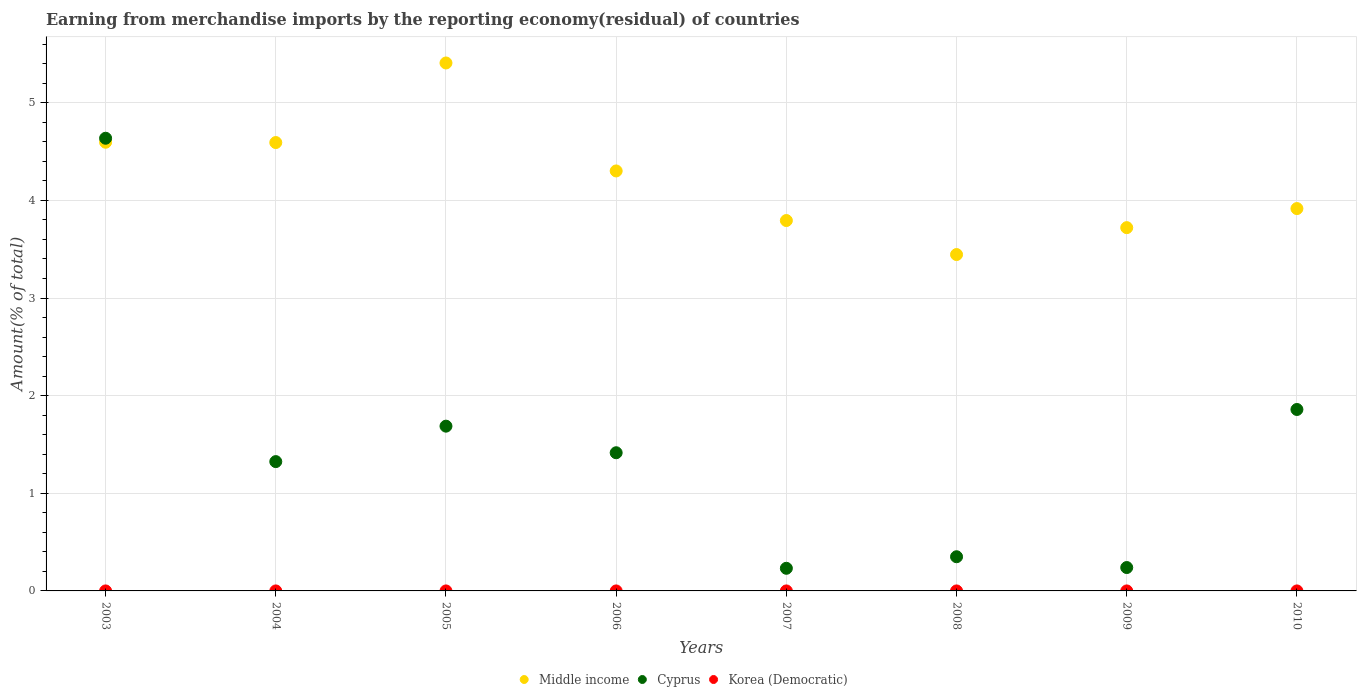
| Years | Middle income | Cyprus | Korea (Democratic) |
 | --- | --- | --- | --- |
 | 2003 | 4.6 | 4.64 | -1.14e-09 |
 | 2004 | 4.59 | 1.32 | 1.31e-08 |
 | 2005 | 5.41 | 1.69 | -1.48e-08 |
 | 2006 | 4.3 | 1.42 | 4.05e-10 |
 | 2007 | 3.79 | 0.232 | -1.85e-09 |
 | 2008 | 3.45 | 0.35 | -1.19e-10 |
 | 2009 | 3.72 | 0.24 | 1.52e-09 |
 | 2010 | 3.92 | 1.86 | -8.88e-09 |